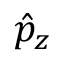
\hat { p } _ { z }